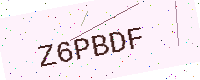
Text: Z6PBDF